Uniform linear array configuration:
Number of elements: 12
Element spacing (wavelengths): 0.75
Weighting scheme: blackman
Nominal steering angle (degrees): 45
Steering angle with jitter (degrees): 44.528
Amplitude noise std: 0.05
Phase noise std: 0.05

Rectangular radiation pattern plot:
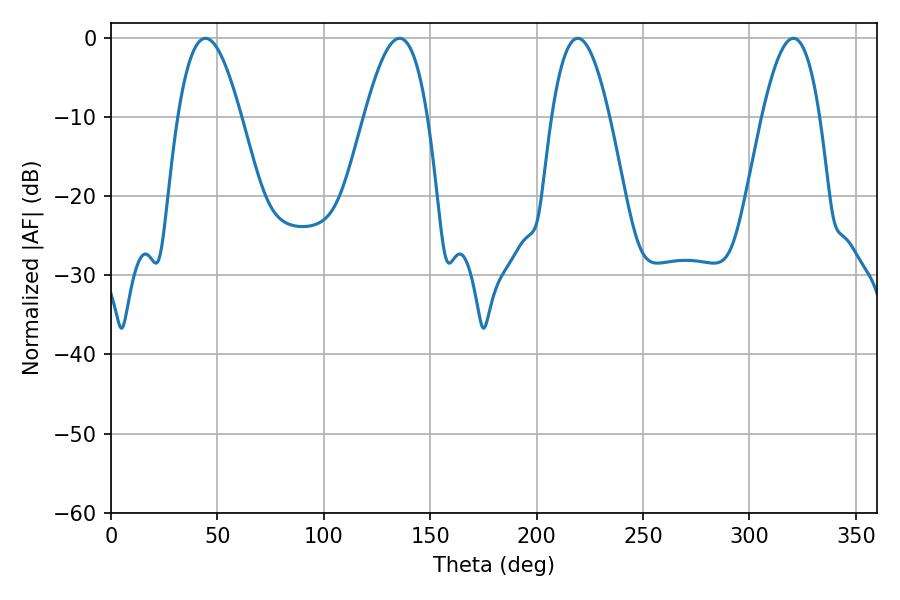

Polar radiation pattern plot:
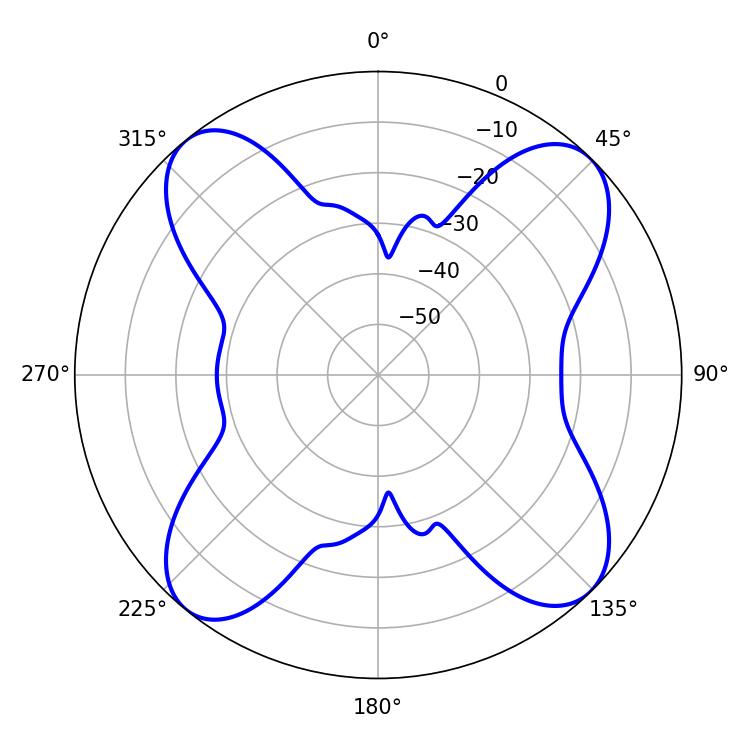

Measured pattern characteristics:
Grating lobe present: TRUE
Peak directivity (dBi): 14.105
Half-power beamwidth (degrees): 16.2
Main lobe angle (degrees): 44.46